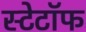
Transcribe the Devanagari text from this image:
स्टेटॉफ